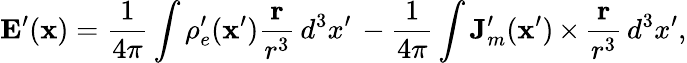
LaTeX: \mathbf{E}^{\prime}(\mathbf{x})=\frac{1}{4\pi}\int\rho_{e}^{\prime}(\mathbf{x}^{\prime})\frac{\mathbf{r}}{r^{3}}\, d^{3}x^{\prime}\, -\frac{1}{4\pi}\int\mathbf{J}_{m}^{\prime}(\mathbf{x}^{\prime})\, {\mathbf\times}\, \frac{\mathbf{r}}{r^{3}}\, d^{3}x^{\prime},